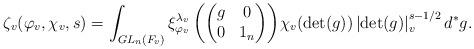
LaTeX: \begin{align*}\zeta_{v}(\varphi_{v},\chi_{v},s)=\int_{GL_{n}(F_{v})}{\xi^{\lambda_{v}}_{\varphi_{v}}\left(\begin{pmatrix}g&0\\0&1_n\end{pmatrix}\right)}\chi_{v}(\det(g))\left|\det(g)\right|_{v}^{s-1/2}d^{\ast}g.\end{align*}